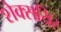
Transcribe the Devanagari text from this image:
शेक्सयिर